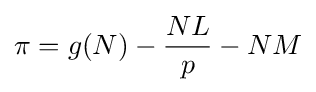
\pi =g(N)-{\frac {NL}{p}}-NM